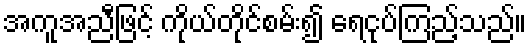
အကူအညီဖြင့် ကိုယ်တိုင်စမ်း၍ ရေငုပ်ကြည့်သည်။